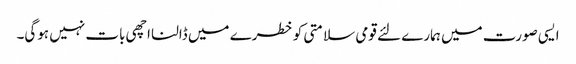
ایسی صورت میں ہمارے لئے قومی سلامتی کو خطرے میں ڈالنا اچھی بات نہیں ہوگی۔